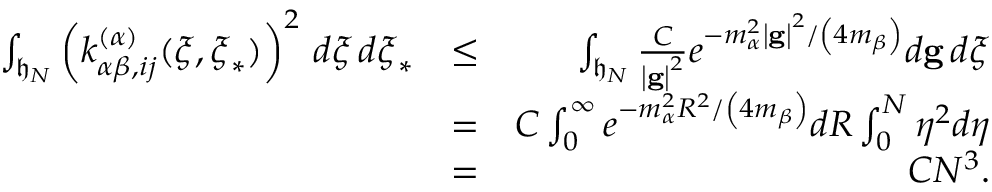
\begin{array} { r l r } { \int _ { \mathfrak { h } _ { N } } \left( k _ { \alpha \beta , i j } ^ { \left( \alpha \right) } ( \boldsymbol { \xi } , \boldsymbol { \xi } _ { \ast } ) \right) ^ { 2 } \, d \boldsymbol { \xi \, } d \boldsymbol { \xi } _ { \ast } } & { \leq } & { \int _ { \mathfrak { h } _ { N } } \frac { C } { \left\vert \mathbf { g } \right\vert ^ { 2 } } e ^ { - m _ { \alpha } ^ { 2 } \left\vert \mathbf { g } \right\vert ^ { 2 } / \left( 4 m _ { \beta } \right) } d \mathbf { g } \boldsymbol { \, } d \boldsymbol { \xi } } \\ & { = } & { C \int _ { 0 } ^ { \infty } e ^ { - m _ { \alpha } ^ { 2 } R ^ { 2 } / \left( 4 m _ { \beta } \right) } d R \int _ { 0 } ^ { N } \eta ^ { 2 } d \eta } \\ & { = } & { C N ^ { 3 } \mathrm { . } } \end{array}